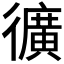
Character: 𭜉